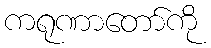
ကရုဏာတော်ကို